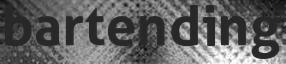
bartending